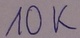
Text: 10K